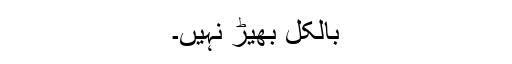
بالکل بھیڑ نہیں۔